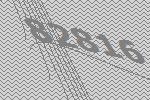
82816